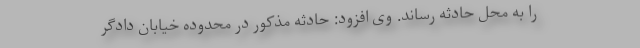
را به محل حادثه رساند. وی افزود: حادثه مذکور در محدوده خیابان دادگر